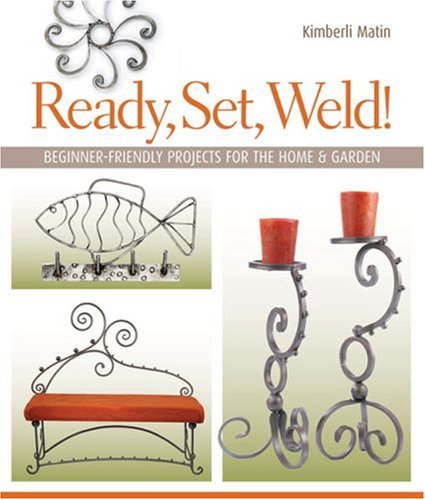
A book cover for Ready, Set, Weld!: Beginner-Friendly Projects for the Home & Garden; Kimberli Matin; Crafts, Hobbies & Home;